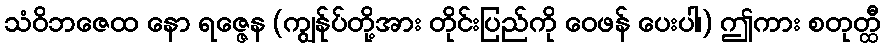
သံဝိဘဇေထ နော ရဇ္ဇေန (ကျွန်ုပ်တို့အား တိုင်းပြည်ကို ဝေဖန် ပေးပါ၊) ဤကား စတုတ္ထီ